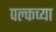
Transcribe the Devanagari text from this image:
पल्कच्या